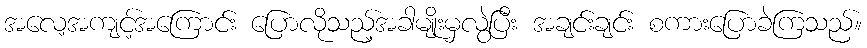
အလေ့အကျင့်အကြောင်း ပြောလိုသည့်အခါမျိုးမှလွဲပြီး အချင်းချင်း စကားပြောခဲကြသည်။